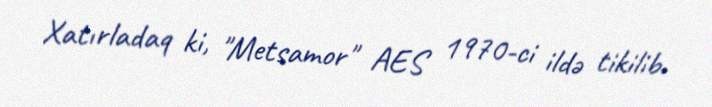
Xatırladaq ki, "Metsamor" AES 1970-ci ildə tikilib.